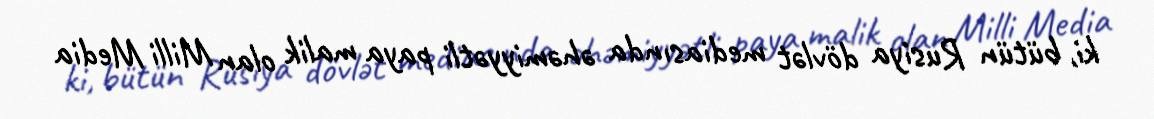
ki, bütün Rusiya dövlət mediasında əhəmiyyətli paya malik olan Milli Media